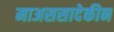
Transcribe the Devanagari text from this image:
माअससादेकीन